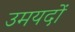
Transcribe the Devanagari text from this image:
उमयदों